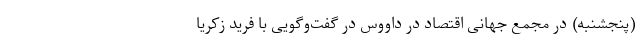
(پنجشنبه) در مجمع جهانی اقتصاد در داووس در گفت‌وگویی با فرید زکریا